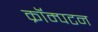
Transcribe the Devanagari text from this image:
क्रॉम्पटन